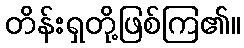
တိန်းရှတို့ဖြစ်ကြ၏။